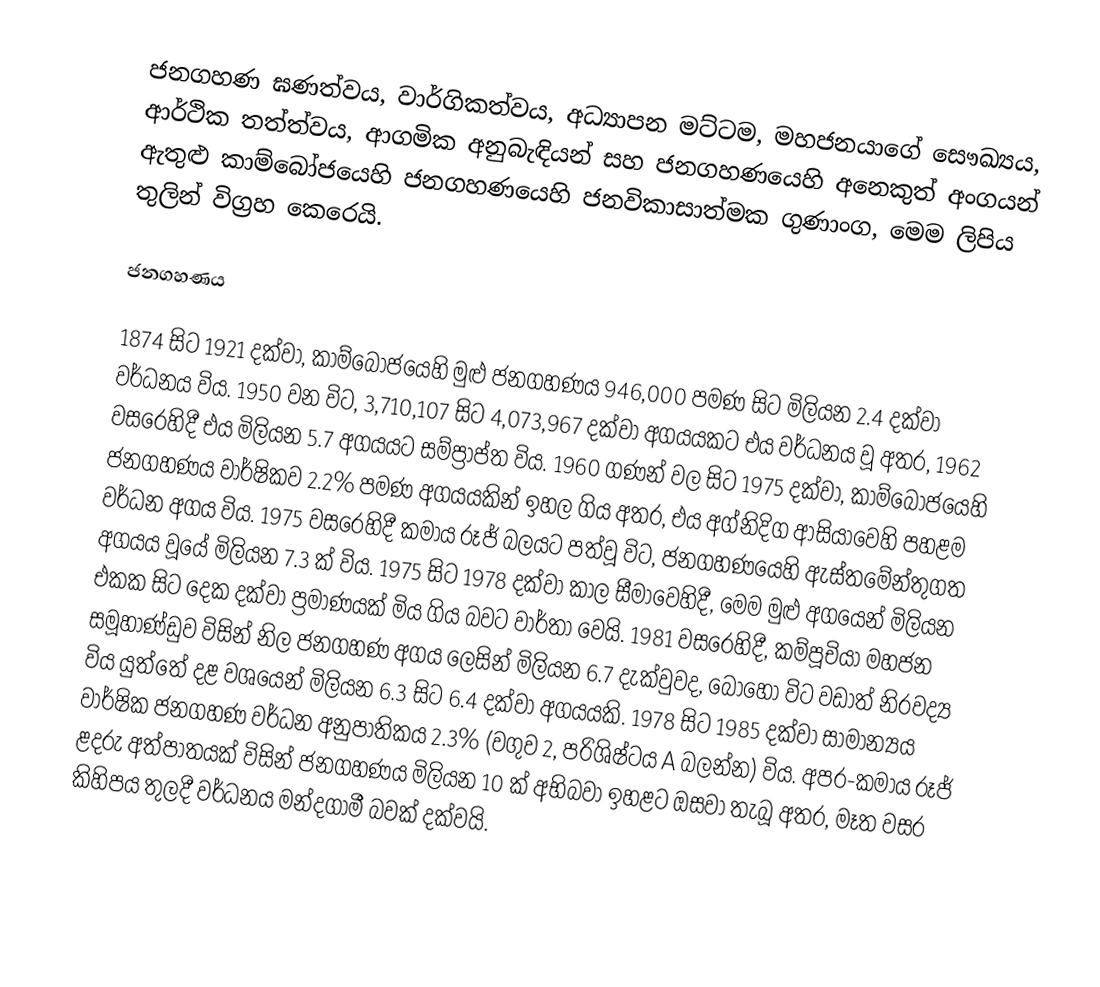
ජනගහණ ඝණත්වය, වාර්ගිකත්වය, අධ්‍යාපන මට්ටම, මහජනයාගේ සෞඛ්‍යය, ආර්ථික තත්ත්වය, ආගමික අනුබැඳියන් සහ ජනගහණයෙහි අනෙකුත් අංගයන් ඇතුළු කාම්බෝජයෙහි ජනගහණයෙහි ජනවිකාසාත්මක ගුණාංග, මෙම ලිපිය තුලින් විග්‍රහ කෙරෙයි.

ජනගහණය

1874 සිට 1921 දක්වා, කාම්බෝජයෙහි මුළු ජනගහණය 946,000 පමණ සිට මිලියන 2.4 දක්වා වර්ධනය විය. 1950 වන විට, 3,710,107 සිට 4,073,967 දක්වා අගයයකට එය වර්ධනය වූ අතර, 1962 වසරෙහිදී එය මිලියන 5.7 අගයයට සම්ප්‍රාප්ත විය. 1960 ගණන් වල සිට 1975 දක්වා, කාම්බෝජයෙහි ජනගහණය වාර්ෂිකව 2.2% පමණ අගයයකින් ඉහල ගිය අතර, එය අග්නිදිග ආසියාවෙහි පහළම වර්ධන අගය විය. 1975 වසරෙහිදී කමාය රූජ් බලයට පත්වූ විට, ජනගහණයෙහි ඇස්තමේන්තුගත අගයය වූයේ මිලියන 7.3 ක් විය. 1975 සිට  1978  දක්වා කාල සීමාවෙහිදී, මෙම මුළු අගයෙන් මිලියන එකක සිට දෙක දක්වා ප්‍රමාණයක් මිය ගිය බවට වාර්තා වෙයි. 1981 වසරෙහිදී, කම්පූචියා මහජන සමූහාණ්ඩුව විසින් නිල ජනගහණ අගය ලෙසින් මිලියන 6.7 දැක්වුවද, බොහෝ විට වඩාත් නිරවද්‍ය විය යුත්තේ දළ වශයෙන් මිලියන 6.3 සිට 6.4 දක්වා අගයයකි. 1978 සිට 1985 දක්වා සාමාන්‍යය වාර්ෂික ජනගහණ වර්ධන අනුපාතිකය 2.3% (වගුව 2, පරිශිෂ්ටය A බලන්න) විය. අපර-කමාය රූජ් ළදරු  අත්පාතයක් විසින් ජනගහණය  මිලියන 10 ක් අභිබවා ඉහළට ඔසවා තැබූ අතර, මෑත වසර කිහිපය තුලදී වර්ධනය මන්දගාමී බවක් දක්වයි.